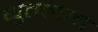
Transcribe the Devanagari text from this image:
धुतलाच